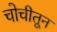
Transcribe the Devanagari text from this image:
चोचीतून